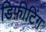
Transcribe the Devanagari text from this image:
डिफ़ीटिंग